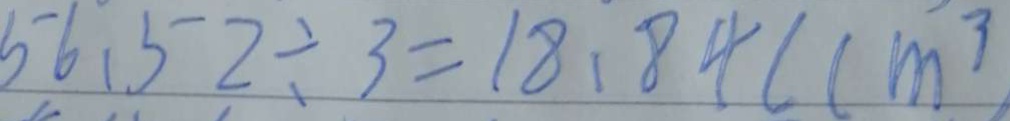
5 6 . 5 2 \div 3 = 1 8 . 8 4 ( c m ^ { 3 }